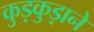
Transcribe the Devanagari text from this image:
कुड़कुड़ाने